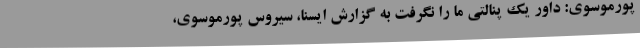
پورموسوی: داور یک پنالتی ما را نگرفت به گزارش ایسنا، سیروس پورموسوی،